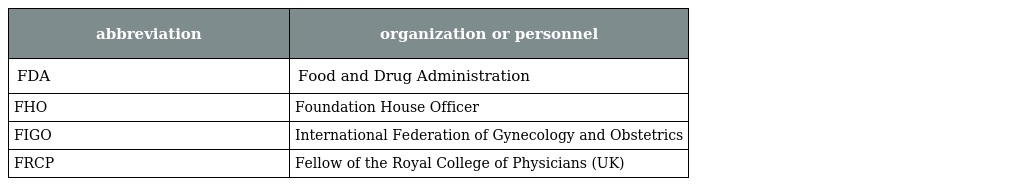
| abbreviation | organization or personnel |
 | --- | --- |
 | FDA | Food and Drug Administration |
 | FHO | Foundation House Officer |
 | FIGO | International Federation of Gynecology and Obstetrics |
 | FRCP | Fellow of the Royal College of Physicians (UK) |